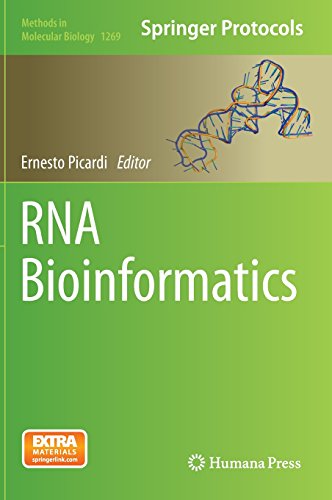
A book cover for RNA Bioinformatics (Methods in Molecular Biology); Medical Books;